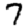
Digit: 7